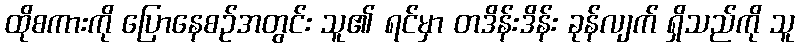
ထိုစကားကို ပြောနေစဉ်အတွင်း သူ၏ ရင်မှာ တဒိန်းဒိန်း ခုန်လျက် ရှိသည်ကို သူ